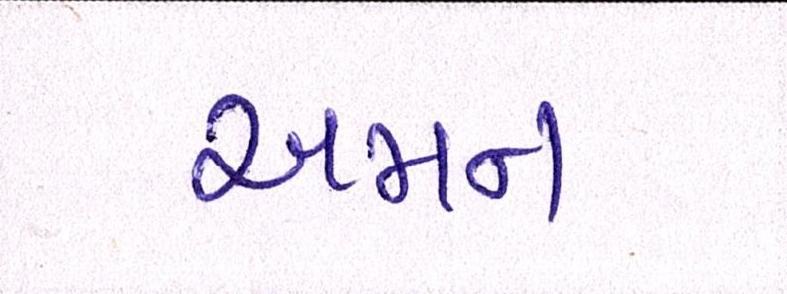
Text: અમન